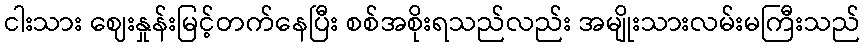
ငါးသား ဈေးနှုန်းမြင့်တက်နေပြီး စစ်အစိုးရသည်လည်း အမျိုးသားလမ်းမကြီးသည်